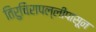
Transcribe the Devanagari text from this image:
तिरुचिरापल्लीपासून